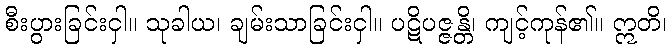
စီးပွားခြင်းငှါ။ သုခါယ၊ ချမ်းသာခြင်းငှါ။ ပဋိပဇ္ဇန္တိ၊ ကျင့်ကုန်၏။ ဣတိ၊